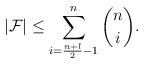
LaTeX: \begin{align*}|\mathcal{F}|\leq \sum_{i=\frac{n+l}{2}-1}^{n} {n \choose i}.\end{align*}